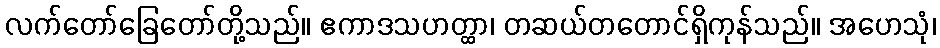
လက်တော်ခြေတော်တို့သည်။ ဧကာဒသဟတ္ထာ၊ တဆယ်တတောင်ရှိကုန်သည်။ အဟေသုံ၊